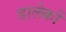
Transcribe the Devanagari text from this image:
डालेकों